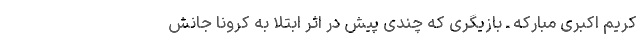
کریم اکبری مبارکه ـ بازیگری که چندی پیش در اثر ابتلا به کرونا جانش